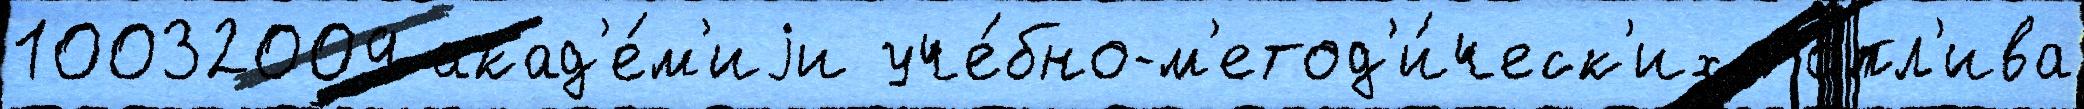
10032009 акад'е́м'иjи уче́бно-м'етод'и́ческ'их то́пл'ива